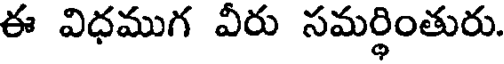
ఈ విధముగ వీరు సమర్థింతురు.